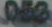
083